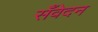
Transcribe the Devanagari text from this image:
सँवेदन